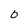
Character: O